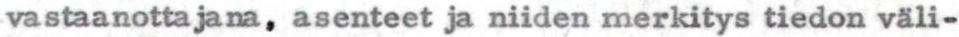
vastaanottajana, asenteet ja niiden merkitys tiedon väli-